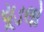
ચૂડલો